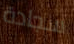
سجادة